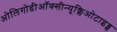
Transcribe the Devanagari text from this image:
ओलिगोडीऑक्सीन्यूक्लिओटाइड्स